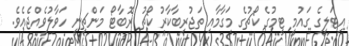
އިޓަލީގެ ގައުމީ ޓީމުގެ ކޯޗުގެ މަގާމާއި ތަޖުރިބާކާރު ކޯޗު ރޮބާޓޯ މަންޗިނީ ހަވާލުވެއްޖެއެވެ.